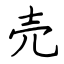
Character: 売